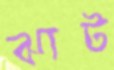
ঝাট